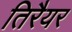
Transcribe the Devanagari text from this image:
तिरैयर